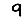
Digit: 9